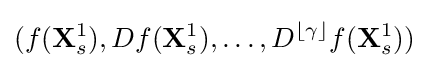
(f(\mathbf {X} _{s}^{1}),Df(\mathbf {X} _{s}^{1}),\ldots ,D^{\lfloor \gamma \rfloor }f(\mathbf {X} _{s}^{1}))